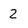
Character: 2